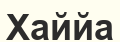
Хаййа